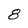
Character: 8